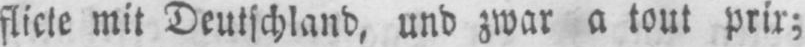
flicte mit Deutschland, und zwar a tout prix;